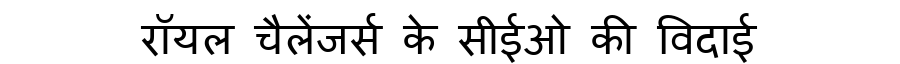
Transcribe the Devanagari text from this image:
रॉयल चैलेंजर्स के सीईओ की विदाई